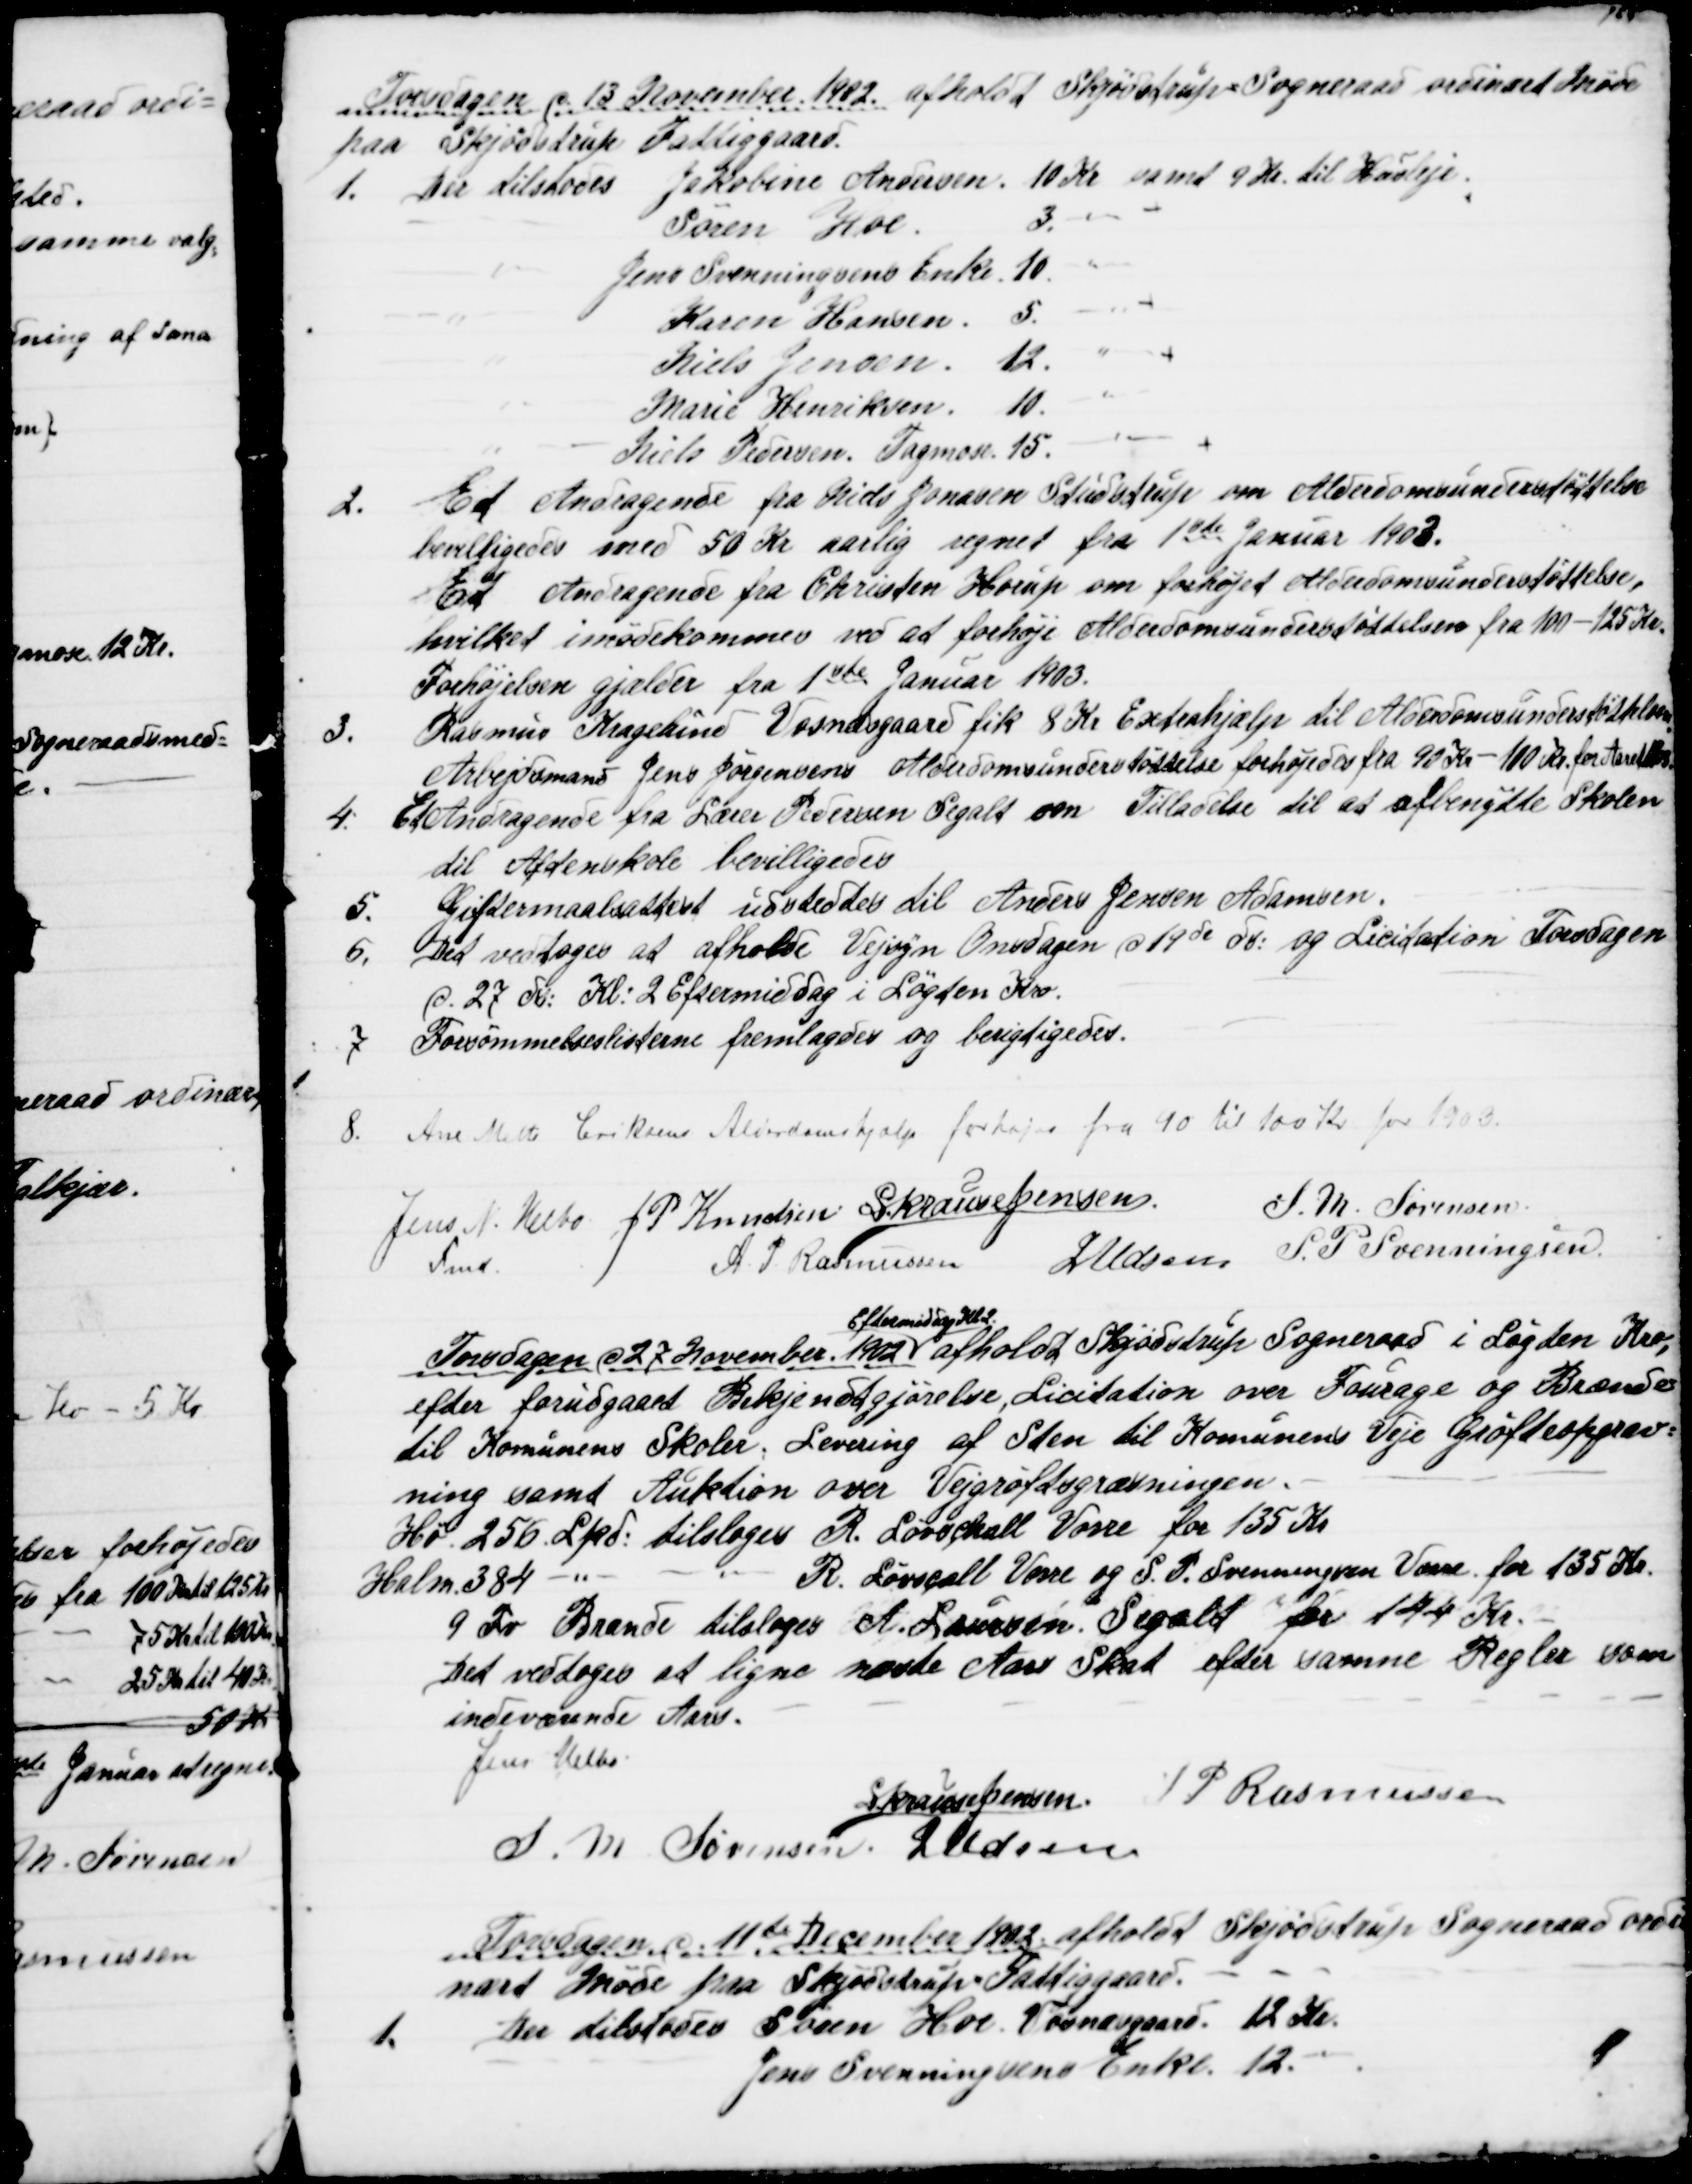
Transskription:
Torsdagen d. 13 November 1902. afholdt Skjødstrup Sogneraad ordinært Møde
paa Skjødstrup Fattiggaard.
1. Der tilstodes Jakobine Andersen. 10 Kr samt 9 Kr. til Husleje.
" Søren Hoe.
3. "
" Jens Svenningsens Enke 10 "
" Karen Hansen. 5. "
" Niels Jensen. 12. "
" Marie Henriksen 10. "
" Niels Pedersen, Tagmose. 15. "
2.
Et Andragende fra Niels Jonasen Studstrup om Alderdomsunderstøttelse
bevilligedes med 50 Kr aarlig regnet fra 1ste Januar 1903.
Et Andragende fra Christen Horup om forhøjet Alderdomsunderstøttelse,
hvilket imødekommes ved at forhøje Alderdomsunderstøttelsen fra 100 -125 Kr.
Forhøjelsen gjælder fra 1ste Januar 1903.
3.
Rasmus Kragelund Vosnæsgaard fik 8 Kr Extrahjælp til Alderdomsunderstøttelsen
Arbejdsmand Jens Jørgensens Alderdomsunderstøttelse forhøjedes fra 90 Kr - 100 Kr. for Aaret 1903
4. 
Et Andragende fra Lærer Pedersen Segalt om Tilladelse til at afbenytte Skolen
til Aftenskole bevilligedes
5.
Giftermaalsattest udstedtes til Anders Jensen Adamsen.
6.
Det vedtoges at afholde Vejsyn Onsdagen d 19de ds: og Licitation Torsdagen
d. 27 ds: Kl: 2 Eftermiddag i Løgten Kro.
7
Forsømmelseslisterne fremlagdes og berigtigedes.
8.
Ane Mette Eriksens Alderdomshjælp forhøjes fra 90 til 100 Kr for 1903.
Jens N. Helbo
Fmd.
J. P. Knudsen S Krause Jensen
S. M. Sørensen
A. P. Rasmussen J Udsen S. P. Svenningsen
Torsdagen d 27 November 1902 
Eftermiddag Kl 2
afholdt Skjødstrup Sogneraad i Løgten Kro,
efter forudgaaet Bekjendtgjørelse, Licitation over Fourage og Brænde
til Komunens Skoler, Levering af Sten til Komunens Veje Grøfteopgrav=
ning samt Auktion over Vejgrøftsgræsningen.
Hø. 256. Lpd. tilsloges R. Løvschall Vorre for 135 Kr
Halm 384 
R. Løvscall Vorre og S. P. Svenningsen Vorre for 135 Kr.
9 Fv Brænde tilsloges A. Laursen Segalt for 144 Kr.
Det vedtoges at ligne næste Aars Skat efter samme Regler som
indeværende Aars.
Jens Helbo
S Krause Jensen
A. P. Rasmussen
S. M. Sørensen J Udsen
Torsdagene 11te December 1902 afholdt Skjødstrup Sogneraad ordi
nært Møde paa Skjødstrup Fattiggaard.
1. Der tilstodes Søren Hoe Vosnæsgaard 12 Kr.
Jens Svenningsens Enke 12.